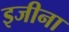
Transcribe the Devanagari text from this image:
इजीना